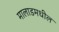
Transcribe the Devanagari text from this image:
मालाडमधील